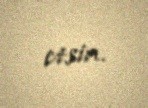
etsin.